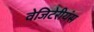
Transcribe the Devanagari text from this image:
वेजिटेरीयंस